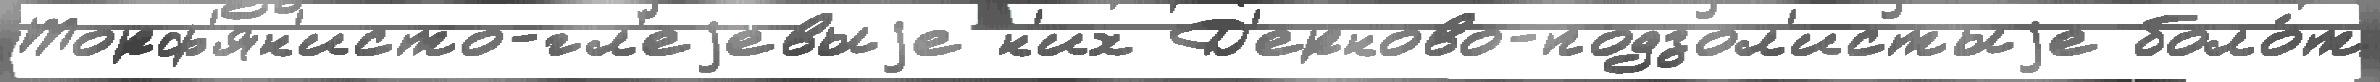
Торф'ян'исто-гл'еjевыjе н'их Д'ерново-подзол'истыjе боло́т